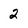
Character: 2